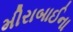
મીરાબાઈના